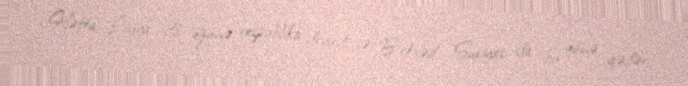
Hətta Liviya da özünə respublika deyirdi və B.Əsəd Suriyası da bu günə qədər